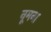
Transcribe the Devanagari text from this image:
नूमना